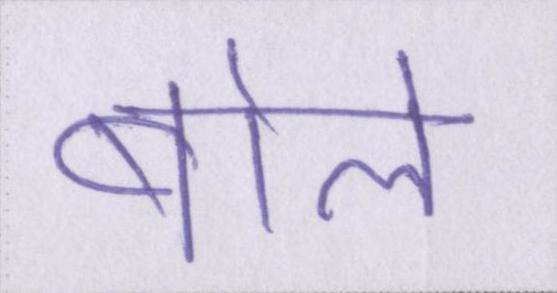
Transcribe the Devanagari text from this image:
बोले